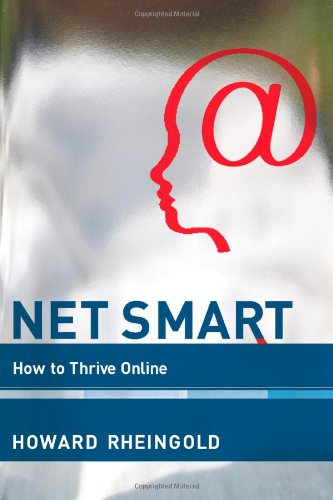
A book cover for Net Smart: How to Thrive Online; Howard Rheingold; Computers & Technology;